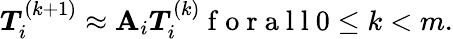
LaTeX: \boldsymbol{T}_{i}^{(k+1)}\approx\mathbf{A}_{i}\boldsymbol{T}_{i}^{(k)}\mathrm{~f~o~r~a~l~l~}0\leq k<m.